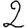
Digit: 2